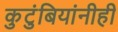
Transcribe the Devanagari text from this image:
कुटुंबियांनीही